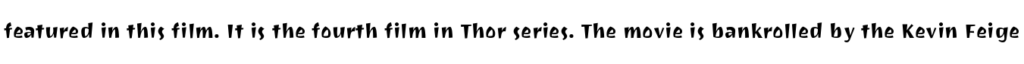
featured in this film. It is the fourth film in Thor series. The movie is bankrolled by the Kevin Feige